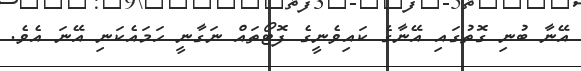
އޭނާ ބުނި ގޮތުގައި އޭނާގެ ކައިވެނީގެ ފޮޓޯތައް ނަގާނީ ހަމައެކަނި އޭނަ އެވެ.